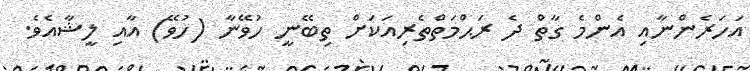
އަހަރެންނާއި އެންމެ ގާތް ދެ ރަޙްމަތްތެރިއަކަށް ތިބޭނީ ހުވޭނާ (ހުވޭ) އާއި ލީޝާއެވެ.